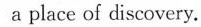
a place of discovery.